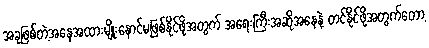
အခုဖြစ်တဲ့အနေအထားမျိုးနောင်မဖြစ်နိုင်ဖို့အတွက် အရေးကြီးအဆိုအနေနဲ့ တင်နိုင်ဖို့အတွက်တော့